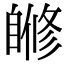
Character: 𦤜